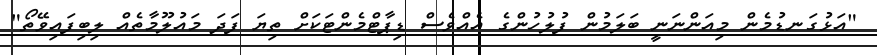
"އަޅުގަނޑުމެން މިއަންނަނީ ބަލަމުން ފުލުހުންގެ އެއްވެސް ޑިޕާޓްމެންޓަކަށް ތިޔަ ފަދަ މައުލޫމާތެއް ލިބިފައިވޭތޯ"